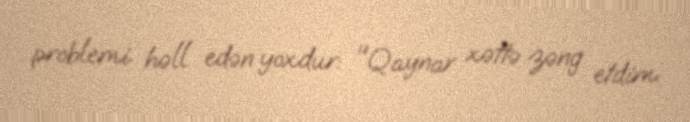
problemi həll edən yoxdur: "Qaynar xəttə zəng etdim.